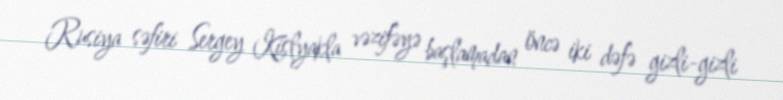
Rusiya səfiri Sergey Kislyakla vəzifəyə başlamadan öncə iki dəfə gizli-gizli